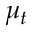
\mu _ { t }